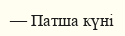
— Патша күні